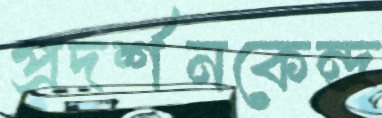
প্রদর্শনকেন্দ্র